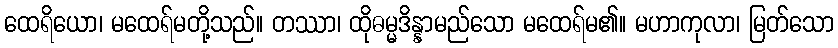
ထေရိယော၊ မထေရ်မတို့သည်။ တဿာ၊ ထိုဓမ္မဒိန္နာမည်သော မထေရ်မ၏။ မဟာကုလာ၊ မြတ်သော